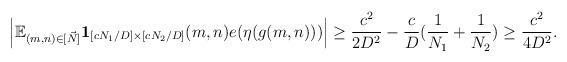
LaTeX: \begin{align*} \Bigl\vert\mathbb{E}_{(m,n)\in[\vec{N}]}\bold{1}_{[cN_{1}/D]\times[cN_{2}/D]}(m,n) e(\eta(g(m,n)))\Bigr\vert\geq\frac{c^{2}}{2D^{2}}-\frac{c}{D}(\frac{1}{N_{1}}+\frac{1}{N_{2}})\geq\frac{c^{2}}{4D^{2}}. \end{align*}